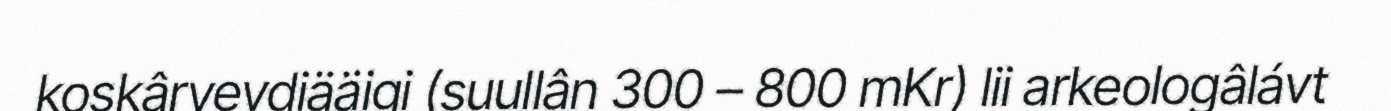
koskâryevdiääigi (suullân 300 – 800 mKr) lii arkeologâlávt